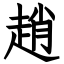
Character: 趙